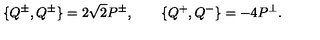
\{ Q ^ { \pm } , Q ^ { \pm } \} = 2 \sqrt 2 P ^ { \pm } , \qquad \{ Q ^ { + } , Q ^ { - } \} = - 4 P ^ { \perp } .